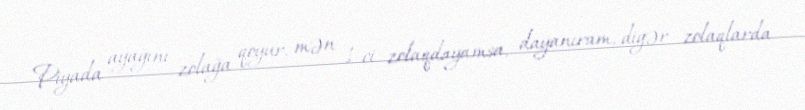
Piyada ayağını zolağa qoyur, mən 1-ci zolaqdayamsa, dayanıram, digər zolaqlarda